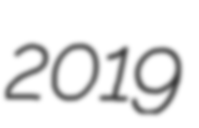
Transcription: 2019